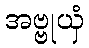
အဗ္ဗုယှံ